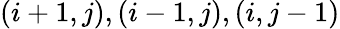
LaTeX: ({i+1,j}),({i-1,j}),({i,j-1})